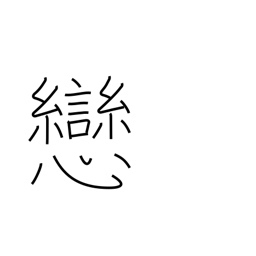
Meaning: darling